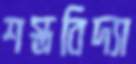
শস্ত্রবিদ্যা